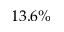
1 3 . 6 \%